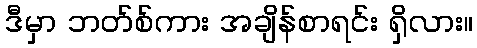
ဒီမှာ ဘတ်စ်ကား အချိန်စာရင်း ရှိလား။